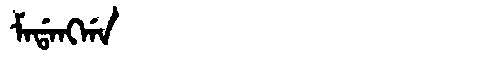
Manchu: ᠮᠠᡩᠠᠩᡤᠠ
Romanization: MADANGGA